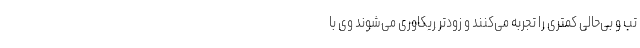
تب و بی‌حالی کمتری را تجربه می‌کنند و زودتر ریکاوری می‌شوند وی با